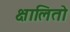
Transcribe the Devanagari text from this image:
क्षालितो